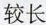
较长